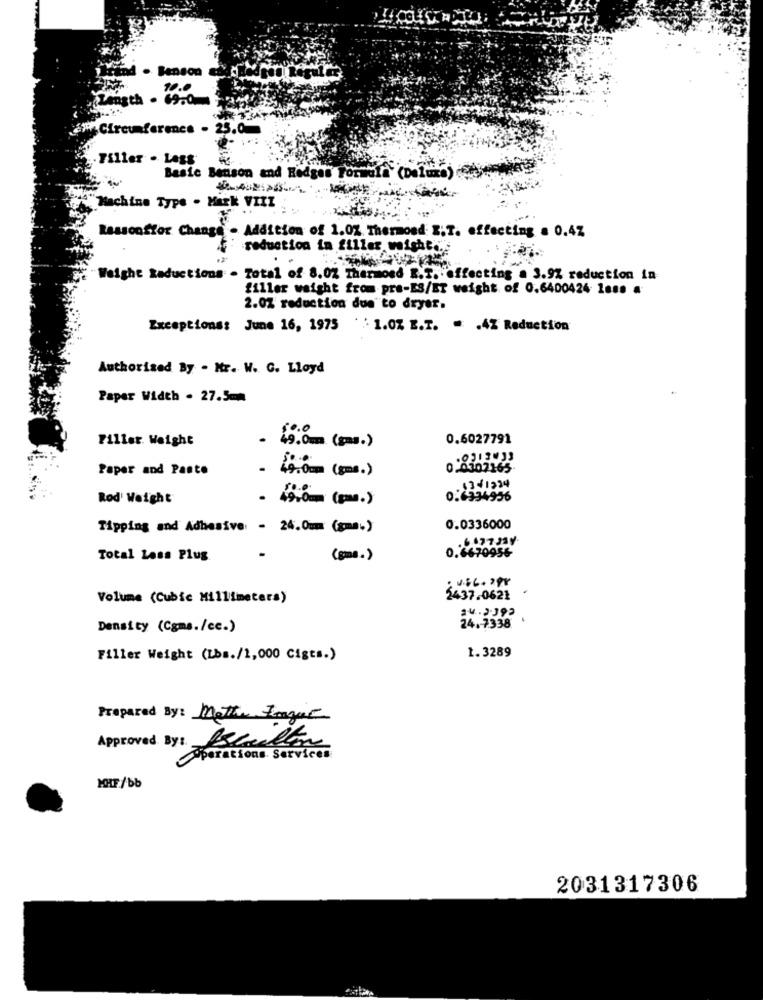
od . Benson
10.0
Length . 69.0
+Circumference . 25.0
Filler . Lags
Basic Benson and Hedges To
(Deluxe)
Machine Type . Mark VIII
Rassooffor Change - Addition of 1.0% Thermoed I.T. effecting = 0.47
reduction in filler weigher.'
Weight Raductions - Total of 8.0% Thermoed R.T. affecting a 3.9% reduction in
filler weight from pre-ES/ET weight of 0.6400424 1ans #
2.0% reduction due to dryer.
Exceptions: June 16, 1975
``1.0% E.T. . . 4% Reduction
Authorised By . Mr. W. G. Lloyd
Paper Width . 27.5mm
$o.o
Filler. Weight
49.0mm (gms.)
0.6027791
Paper and Paste
:49.0mm (gms.)
Rod' Weight
. 49.0mm (p.)
0.6534936
Tipping and Adhesive - 24.0mm (gma.)
0.0336000
Total Loss Plug
(gms.)
0.6670956
Volume (Cubic Millimeters)
2437.0621
24.2.392
Density (Cgms./cc.)
Filler Weight (Lbs./1,000 Cigts.)
1.3289
Prepared By: metho Ingat
Approved Bys. Braillon
Operations. Services
MHF/bb
2031317306